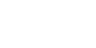
အဘကို